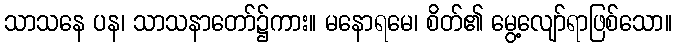
သာသနေ ပန၊ သာသနာတော်၌ကား။ မနောရမေ၊ စိတ်၏ မွေ့လျော်ရာဖြစ်သော။